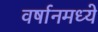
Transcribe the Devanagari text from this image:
वर्षानमध्ये